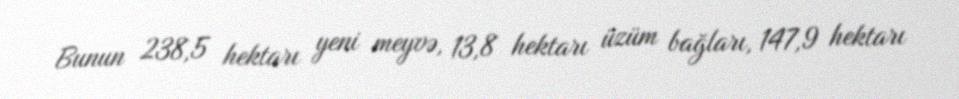
Bunun 238,5 hektarı yeni meyvə, 13,8 hektarı üzüm bağları, 147,9 hektarı